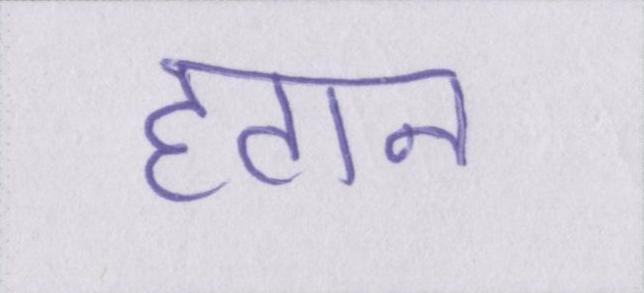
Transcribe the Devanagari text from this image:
हटान